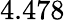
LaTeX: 4.478